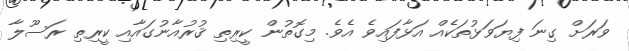
ވަރަށް ގިނަ ފިޔަވަޅުތަކެއް އަޅާފައިވެ އެވެ. މިގޮތުން ކީރިތި ޤުރުއާނުގައާއި ކީރިތި ރަސޫލާ